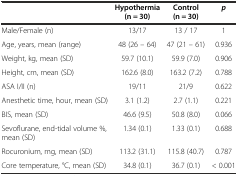
<table><thead><tr><td></td><td><b>Hypothermia (n = 30)</b></td><td><b>Control (n = 30)</b></td><td><b><i>p</i></b></td></tr></thead><tbody><tr><td>Male/Female (n)</td><td>13/17</td><td>13 / 17</td><td>1</td></tr><tr><td>Age, years, mean (range)</td><td>48 (26 – 64)</td><td>47 (21 – 61)</td><td>0.936</td></tr><tr><td>Weight, kg, mean (SD)</td><td>59.7 (10.1)</td><td>59.9 (7.0)</td><td>0.906</td></tr><tr><td>Height, cm, mean (SD)</td><td>162.6 (8.0)</td><td>163.2 (7.2)</td><td>0.788</td></tr><tr><td>ASA I/II (n)</td><td>19/11</td><td>21/9</td><td>0.622</td></tr><tr><td>Anesthetic time, hour, mean (SD)</td><td>3.1 (1.2)</td><td>2.7 (1.1)</td><td>0.221</td></tr><tr><td>BIS, mean (SD)</td><td>46.6 (9.5)</td><td>50.8 (8.0)</td><td>0.066</td></tr><tr><td>Sevoflurane, end-tidal volume %, mean (SD)</td><td>1.34 (0.1)</td><td>1.33 (0.1)</td><td>0.688</td></tr><tr><td>Rocuronium, mg, mean (SD)</td><td>113.2 (31.1)</td><td>115.8 (40.7)</td><td>0.787</td></tr><tr><td>Core temperature, °C, mean (SD)</td><td>34.8 (0.1)</td><td>36.7 (0.1)</td><td>&lt; 0.001</td></tr></tbody></table>